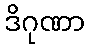
ဒိဂုဏာ